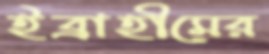
ইব্রাহীমের